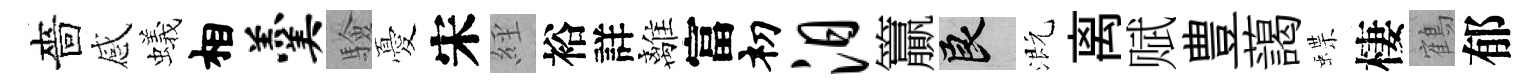
嗇感蟻相羹驗憂宋𦀇裕詳離富𥘉汨籯良溉离赋豊藹蝶棲鶴郁